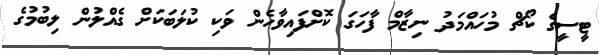
ޓީސީގެ ކޯޗް މުހައްމަދު ނިޒާމް ފާހަގަ ކޮށްފައިވާހެން ވަކި ކުލަބަކަށް ގެއްލުން ލިބުމުގެ